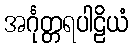
အင်္ဂုတ္တရပါဠိယံ